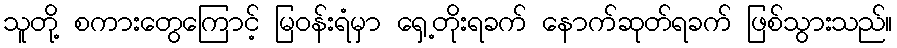
သူတို့ စကားတွေကြောင့် မြဝန်းရံမှာ ရှေ့တိုးရခက် နောက်ဆုတ်ရခက် ဖြစ်သွားသည်။